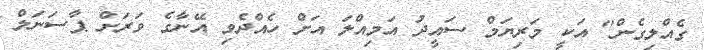
ގެއްލިގެން" އަކީ މަރިޔަމް ސައީދު އަމިއްލަ އަށް ހެއްދެވި އޭނާގެ ވަރަށް ޕާސަނަލް